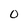
Character: 0